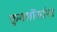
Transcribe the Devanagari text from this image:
फुगलोंसांना